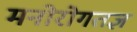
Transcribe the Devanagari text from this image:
मनोरोगतज्ञ